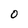
Character: 0